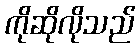
ကိုဆိုလိုသည်